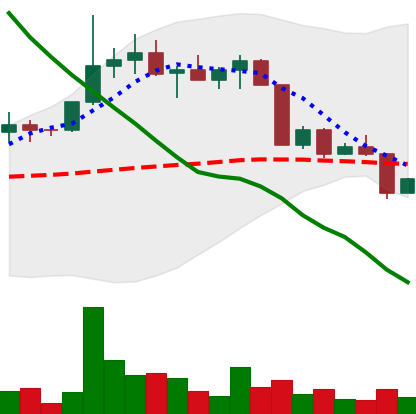
Ticker: EOS-USD
Chart end date: 2022-04-12
Forward return: 7.964%
Label: up_7plus